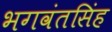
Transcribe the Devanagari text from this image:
भगवंतसिंह